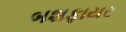
બશફાયર